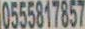
0555817857